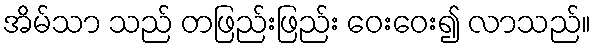
အိမ်သာ သည် တဖြည်းဖြည်း ဝေးဝေး၍ လာသည်။